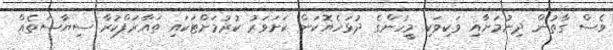
ވެސް ގާތުން ދިނުމަށާއި ވަކިވަކި މީހުންގެ ދުޅަހެޔޮކަން ކަށަވަރު ކުރުމަށްޓަކައި ތައާރަފްކުރާ ސިޔާސަތެއް